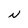
Character: N